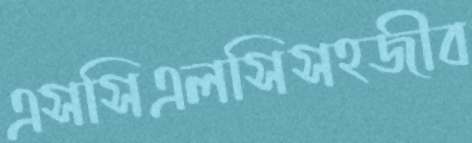
এসসিএলসিসহজীব